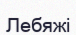
Лебяжі